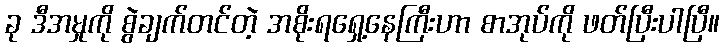
ခု ဒီအမှုကို စွဲချက်တင်တဲ့ အစိုးရရှေ့နေကြီးဟာ စာအုပ်ကို ဖတ်ပြီးပါပြီ။